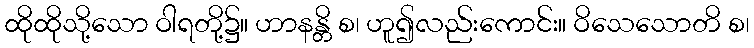
ထိုထိုသို့သော ဝါရတို့၌။ ဟာနန္တိ စ၊ ဟူ၍လည်းကောင်း။ ဝိသေသောတိ စ၊